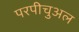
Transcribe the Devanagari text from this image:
परपीचुअल